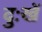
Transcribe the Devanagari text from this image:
दुःखें